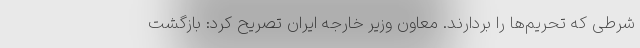
شرطی که تحریم‌ها را بردارند. معاون وزیر خارجه ایران تصریح کرد: بازگشت